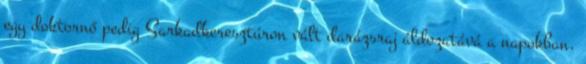
egy doktornő pedig Sarkadkeresztúron vált darázsraj áldozatává a napokban.